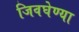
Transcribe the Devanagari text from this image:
जिवघेण्या